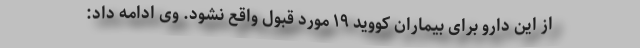
از این دارو برای بیماران کووید ۱۹ مورد قبول واقع نشود. وی ادامه داد: